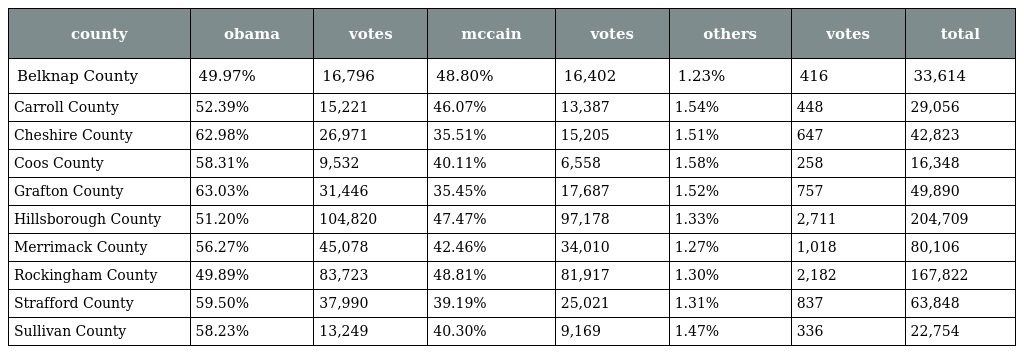
| county | obama | votes | mccain | votes | others | votes | total |
 | --- | --- | --- | --- | --- | --- | --- | --- |
 | Belknap County | 49.97% | 16,796 | 48.80% | 16,402 | 1.23% | 416 | 33,614 |
 | Carroll County | 52.39% | 15,221 | 46.07% | 13,387 | 1.54% | 448 | 29,056 |
 | Cheshire County | 62.98% | 26,971 | 35.51% | 15,205 | 1.51% | 647 | 42,823 |
 | Coos County | 58.31% | 9,532 | 40.11% | 6,558 | 1.58% | 258 | 16,348 |
 | Grafton County | 63.03% | 31,446 | 35.45% | 17,687 | 1.52% | 757 | 49,890 |
 | Hillsborough County | 51.20% | 104,820 | 47.47% | 97,178 | 1.33% | 2,711 | 204,709 |
 | Merrimack County | 56.27% | 45,078 | 42.46% | 34,010 | 1.27% | 1,018 | 80,106 |
 | Rockingham County | 49.89% | 83,723 | 48.81% | 81,917 | 1.30% | 2,182 | 167,822 |
 | Strafford County | 59.50% | 37,990 | 39.19% | 25,021 | 1.31% | 837 | 63,848 |
 | Sullivan County | 58.23% | 13,249 | 40.30% | 9,169 | 1.47% | 336 | 22,754 |